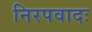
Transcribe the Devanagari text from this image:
निरपवादः